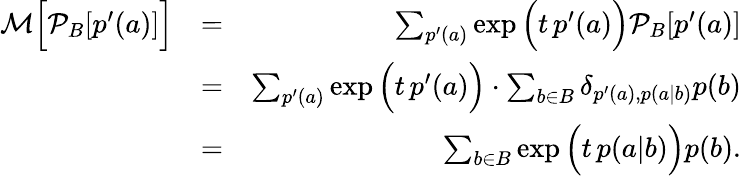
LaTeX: \begin{array}{rlr}{\mathcal{M}\Big[\mathcal{P}_{B}[p^{\prime}(a)]\Big]}&{=}&{\sum_{p^{\prime}(a)}\exp\Big(t\, p^{\prime}(a)\Big)\mathcal{P}_{B}[p^{\prime}(a)]}\\ &{=}&{\sum_{p^{\prime}(a)}\exp\Big(t\, p^{\prime}(a)\Big)\cdot\sum_{b\in B}\delta_{p^{\prime}(a),p(a|b)}p(b)}\\ &{=}&{\sum_{b\in B}\exp\Big(t\, p(a|b)\Big)p(b).}\end{array}